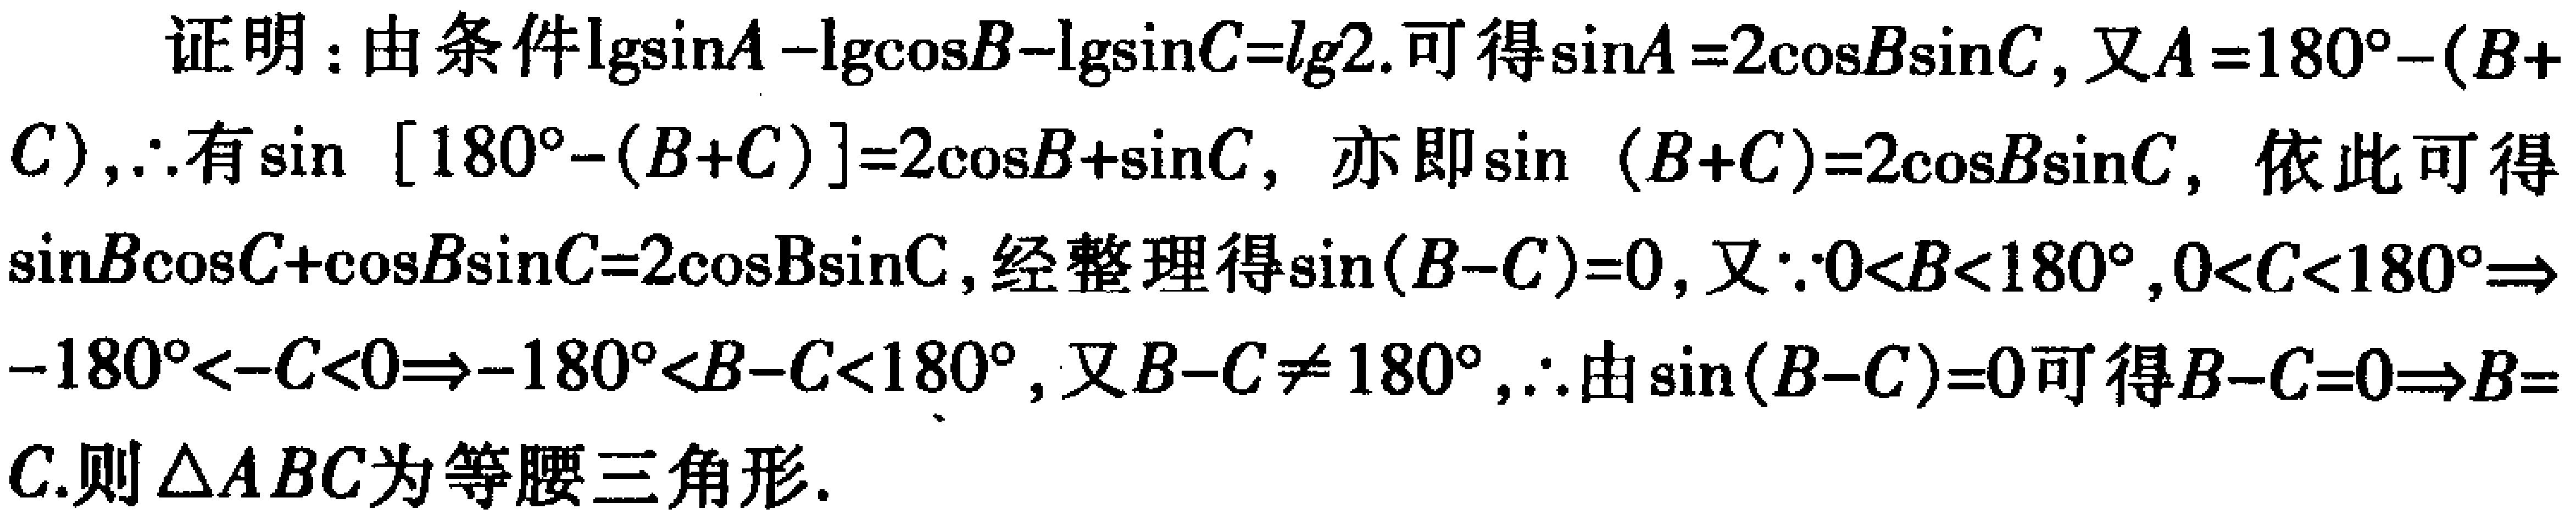
证明：由条件\(\lg\sin A - \lg\cos B - \lg\sin C = \lg2\).可得\(\sin A = 2\cos B\sin C\)，又\(A = 180^{\circ}-(B + C)\)，\(\therefore\)有\(\sin [180^{\circ}-(B + C)] = 2\cos B+\sin C\)，亦即\(\sin (B + C)=2\cos B\sin C\)，依此可得\(\sin B\cos C+\cos B\sin C = 2\cos B\sin C\)，经整理得\(\sin (B - C)=0\)，又\(\because0<B<180^{\circ},0<C<180^{\circ}\Rightarrow - 180^{\circ}<-C<0\Rightarrow - 180^{\circ}<B - C<180^{\circ}\)，又\(B - C\neq180^{\circ}\)，\(\therefore\)由\(\sin (B - C)=0\)可得\(B - C = 0\Rightarrow B = C\).则\(\triangle ABC\)为等腰三角形.